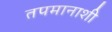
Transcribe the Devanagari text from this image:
तपमानाशी